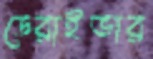
ডেরাইভার